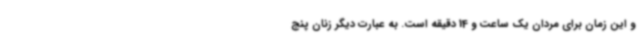
و این زمان برای مردان یک ساعت و 14 دقیقه است. به عبارت دیگر زنان پنج